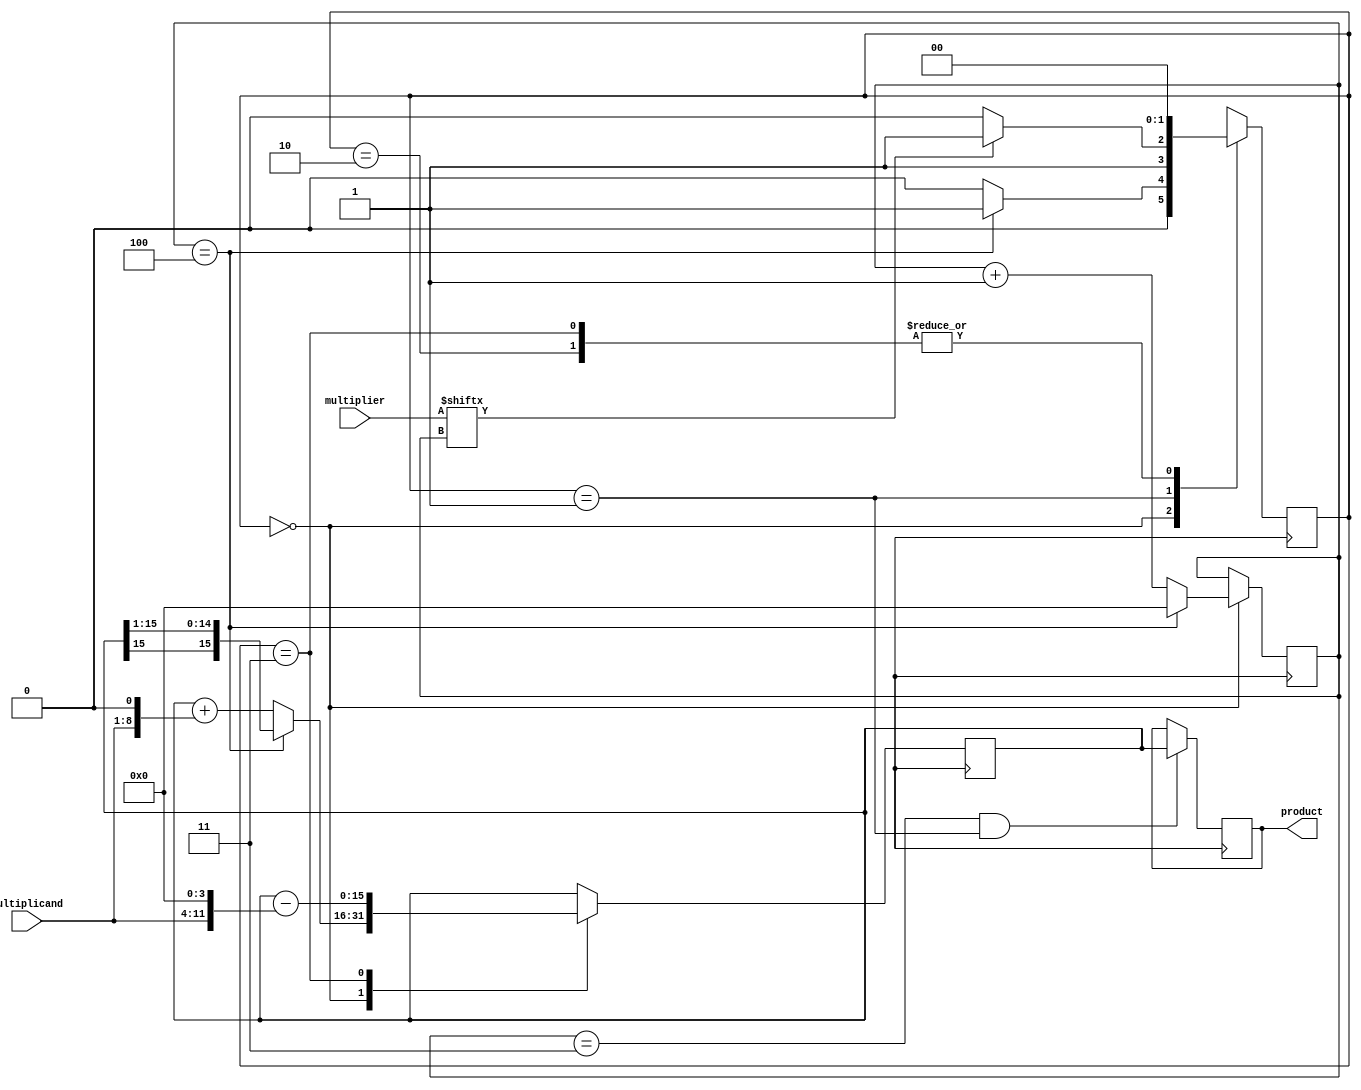
module BoothMultiplier(input wire signed [7:0] multiplicand, input wire signed [7:0] multiplier, output reg signed [15:0] product);
 
 reg signed [15:0] partialProduct;
 reg [3:0] count;
 reg [1:0] state;
 
 always @ (posedge clk) begin
 case(state)
 2'b00:
 begin
 if(count == 4)
 begin
 count <= 0;
 partialProduct <= {partialProduct[15], partialProduct[15:1]};
 state <= 2'b01;
 end
 else
 begin
 count <= count + 1;
 partialProduct <= partialProduct + (multiplicand << 1);
 state <= 2'b00;
 end
 end
 
 2'b01:
 begin
 if(multiplier[count] == 1'b0)
 state <= 2'b10;
 else
 state <= 2'b11;
 end
 
 2'b10:
 begin
 partialProduct <= partialProduct;
 state <= 2'b00;
 end
 
 2'b11:
 begin
 partialProduct <= partialProduct - (multiplicand << 4);
 state <= 2'b00;
 end
 endcase
 end
 
 always @ (posedge clk) begin
 if(count == 3 && state == 2'b01)
 product <= partialProduct;
 end
 
endmodule